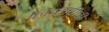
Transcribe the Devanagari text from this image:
लिच्छवीची